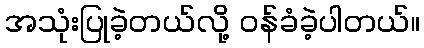
အသုံးပြုခဲ့တယ်လို့ ဝန်ခံခဲ့ပါတယ်။